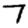
Digit: 7